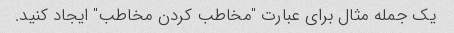
یک جمله مثال برای عبارت "مخاطب کردن مخاطب" ایجاد کنید.